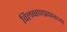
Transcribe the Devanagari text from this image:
विलक्षणप्रकारच्या